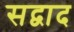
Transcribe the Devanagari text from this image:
सद्वाद